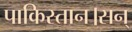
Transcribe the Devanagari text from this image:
पाकिस्तान।सन्